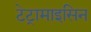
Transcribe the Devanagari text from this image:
टेट्रामाइसिन